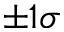
\pm 1 \sigma